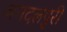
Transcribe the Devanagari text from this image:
जगदलपुरी